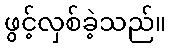
ဖွင့်လှစ်ခဲ့သည်။